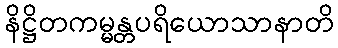
နိဋ္ဌိတကမ္မန္တပရိယောသာနာတိ